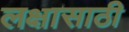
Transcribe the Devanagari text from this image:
लक्षासाठी